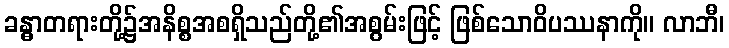
ခန္ဓာတရားတို့၌အနိစ္စအစရှိသည်တို့၏အစွမ်းဖြင့် ဖြစ်သောဝိပဿနာကို။ လာဘီ၊